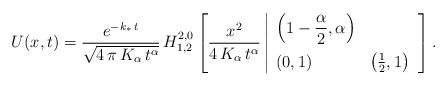
\begin{align*}U(x,t) = \frac{e^{-k_\ast\,t}}{\sqrt{4\,\pi\,K_{\alpha}\,t^{\alpha}}}\,H^{2,0}_{1,2}\left[ \frac{x^2}{4\,K_{\alpha}\,t^{\alpha}}\left|\begin{array}{ll}\displaystyle \left( 1-\frac{\alpha}{2},\alpha\right) & \\[10pt](0,1) & \left( \frac{1}{2},1\right) \end{array}\right.\right].\end{align*}